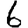
Digit: 6